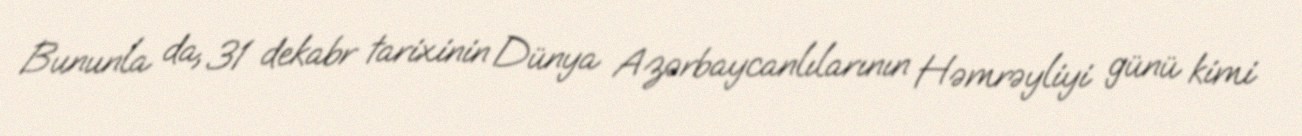
Bununla da, 31 dekabr tarixinin Dünya Azərbaycanlılarının Həmrəyliyi günü kimi